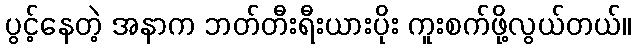
ပွင့်နေတဲ့ အနာက ဘတ်တီးရီးယားပိုး ကူးစက်ဖို့လွယ်တယ်။